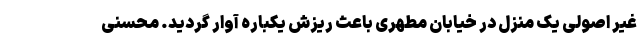
غیر اصولی یک منزل در خیابان مطهری باعث ریزش یکباره آوار گردید. محسنی